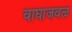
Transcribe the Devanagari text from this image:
वाघाजवळ